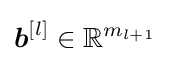
{\boldsymbol {b}}^{[l]}\in \mathbb {R} ^{m_{l+1}}